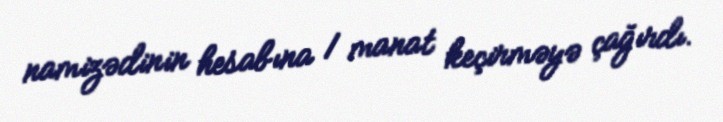
namizədinin hesabına 1 manat keçirməyə çağırdı.